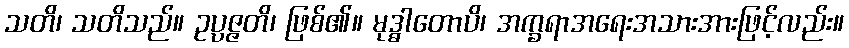
သတိ၊ သတိသည်။ ဥပ္ပဇ္ဇတိ၊ ဖြစ်၏။ မုဒ္ဓါတောပိ၊ အက္ခရာအရေးအသားအားဖြင့်လည်း။